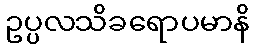
ဥပ္ပလသိခရောပမာနိ